Report on vaccination in Madras 1922-1929 - 1922-1929
Year: 1922
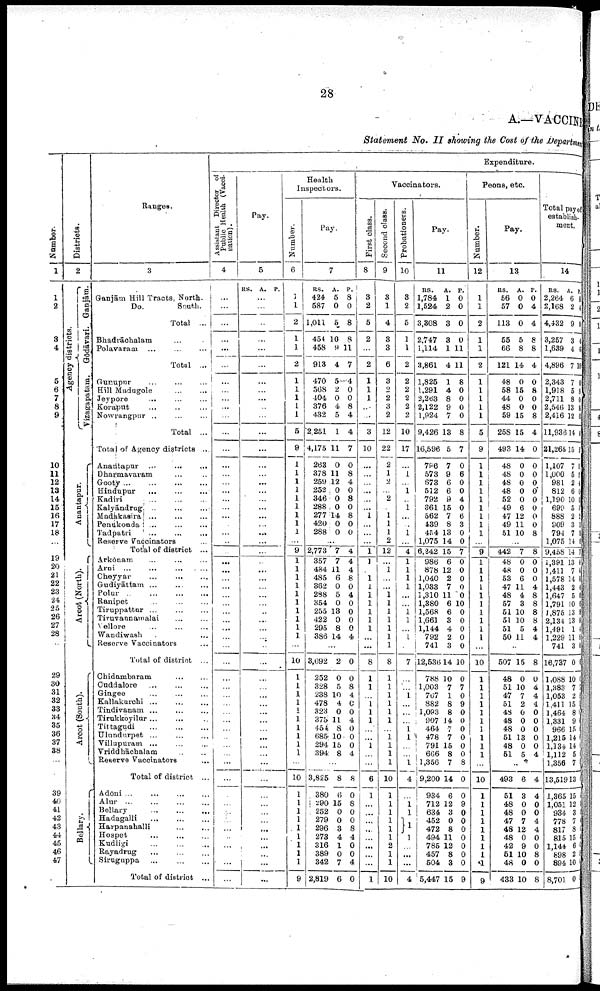
28
A.—VACCINE
Statement No. II showing the Cost of the Department
Number.
1
1
2
3
4
5
6
7
8
9
10
11
12
13
14
15
16
17
18
19
20
21
22
23
24
25
26
27
28
29
30
31
32
33
34
35
36
37
38
39
40
41
42
43
44
45
46
47
Districts.
2
Agency districts.
Ganjām.
Gōdāvari.
Vizagapatam.
Anantapur... ...
Arcot(North).
Arcot(South).
Bellary.
Ranges.
3
Ganjām Hill Tracts, North.
Do.
South.
Total...
Bhadrāchalam... ...
Polavaram...
...
Total ...
Gunupur... ...
Hill Madugole... ...
Jeypore...
...
Koraput...
...
Nowrangpur... ...
Total ...
Total of Agency districts ...
Anantapur...
...
Dharmavaram... ...
Gooty...
...
...
...
Hindupur...
...
Kadiri... ...
Kalyāndrug... ...
Madakasira... ...
Penukonda... ...
Tadpatri...
...
Reserve Vaccinators...
Total of district ...
Arkōnam... ...
Arni...
...
Cheyyar...
...
Gudiyāttam ... ...
Polur...
...
...
Ranipet... ...
Tiruppattūr ... ...
Tiruvannamlai... ...
Vellore... ...
Wandiwash... ...
Reserve Vaccinators... ...
Total of district... ...
Chidambaram... ...
Cuddalore...
...
Gingee...
...
Kallakurchi... ...
Tindivanam... ...
Tirukkoyilur... ...
Tittagudi...
...
Ulundurpet... ...
Villupuram... ...
Vriddhāchalam... ...
Reserve Vaccinators...
Total of district... ...
Adōni... ... ... ...
Alur... ...
Bellary...
...
Hadagalli...
...
Harpanahalli...
...
Hospet...
...
Kudligi... ...
Rayadrug... ...
Siruguppa... ...
Total of district ...
Expenditure.
Assistant Director of
Public Health (Vacci
nation).
4
...
...
...
...
...
...
...
...
...
...
...
...
...
...
...
...
...
...
...
...
...
...
...
...
...
...
...
...
...
...
...
...
...
...
...
...
...
...
...
...
...
...
...
...
...
...
...
...
...
...
...
...
...
..
...
...
...
...
Pay.
5
RS. A. P.
...
...
...
...
...
...
...
... ...
...
...
...
...
...
...
...
...
...
...
...
...
...
...
...
...
...
...
...
...
...
...
...
...
...
...
...
...
...
...
...
...
...
...
...
...
...
...
...
...
...
...
...
...
...
...
...
...
...
Health
Inspectors.
Number.
6
1
1
2
1
1
2
1
1
1
1
1
5
9
1
1
1
1
1
1
1
1
1
...
9
1
1
1
1
1
1
1
1
1
1
...
10
1
1
1
1
1
1
1
1
1
1
...
10
1
1
1
1
1
1
1
1
1
9
Pay.
7
RS.
424
587
1,011
454
458
913
470
568
404
376
432
2,251
4,175
263
378
259
252
346
288
277
420
288
A.
5
0
5_
10
9
4
5
2
0
4
5
1
11
0
11
12
0
0
0
14
0
0
P.
8
0
8
8
11
7
4
0
0
8
4
4
7
0
8
4
0
8
0
8
0
0
...
2,773
357
484
485
362
288
354
255
422
295
386
7
7
11
6
0
5
0
13
0
8
14
4
4
4
8
0
4
0
0
0
0
4
...
3,692
252
328
238
478
323
375
454
685
294
394
2
0
5
10
4
0
11
8
10
15
8
0
0
8
4
0
0
4
0
0
0
4
...
3,825
380
290
252
279
296
273
316
389
342
2,819
8
6
15
0
0
3
4
1
0
7
6
8
0
8
0
0
8
4
0
0
4
0
Vaccinators.
First class.
8
3
2
5
2
...
2
1
1
1
...
...
3
10
...
...
...
...
...
... 1
...
...
...
1
1
...
1
1
1
1
1
1
1
...
...
8
1
1
...
1
1
1
...
... 1
...
...
6
1
...
...
...
...
...
...
...
...
1
Second class.
9
3
1
4
3
3
6
3
2
2
3
2
12
22
2
1
2
...
2
...
1
1
1
2
12
... 1
...
... 1
1
1
1
1
1
1
8
1
1
1
1
1
1
...
1
1
1
1
10
1
1
1
1
1
1
2
1
1
10
Probationers.
10
3
2
5
1
1
2
2
2
2
2
2
10
17
...
1
...
1
...
1
... ...
1
4
1
1
1
1
...
...
1
1
...
1
7
...
...
1
...
...
...
1
1
...
...
1
4
...
1
1
1
1
...
...
...
4
Pay.
11
RS.
1,784
1,524
3,308
2,747
1,114
3,861
1,825
1,291
2,263
2,122
1,924
9,426
16,596
796
573
673
512
792
361
562
439
454
1,075
6,242
986
878
1,040
1,033
1,310
1,380
1,568
1,661
1,144
792
741
12,536
788
1,003
767
882
1,093
907
464
478
791
666
1,356
9,200
934
712
634
452
472
494
785
457
504
5,447
A.
1
2
3
3
1
4
1
4
8
9
7
13
5
7
9
6
6
9
15
7
8
13
14
15
6
12
2
7
11
6
6
3
4
2
3
14
10
7
1
8
8
14
7
7
15
8
7
14
6
12
3
0
8
11
12
8
3
15
P.
0
0
0
0
11
11
8
0
0
0
0
8
7
0
6
0
0
4
0
6
3
0
0
7
0
0
0
0
0
10
0
0
0
0
0
10
0
7
0
9
0
0
0
0
0
0
8
0
0
9
0
0
0
0
0
0
0
9
Peons, etc.
Number.
12
1
1
2
1
1
2
1
1
1
1
1
5
9
1
1
1
1
1
1
1
1
1
...
9
1
1
1
1
1
1
1
1
1
1
...
10
1
1
1
1
1
1
1
1
1
1
...
10
1
1
1
1
1
1
1
1
1
9
Pay.
13
RS.
56
57
113
55
66
121
48
58
44
48
59
258
493
48
48
48
48
52
49
47
49
51
A.
0
0
0
5
8
14
0
15
0
0
15
15
14
0
0
0
0
0
6
12
11
10
P.
0
4
4
8
8
4
0
8
0
0
8
4
0
0
0
0
0
0
0
0
0
8
...
442
48
48
53
47
48
57
51
51
51
50
7
0
0
6
11
4
3
10
10
5
11
8
0
0
0
4
8
8
8
8
4
4
...
507
48
51
47
51
48
48
48
51
46
51
15
0
10
7
2
0
0
0
13
0
5
8
0
4
4
4
0
0
0
0
0
4
...
493
51
48
48
47
48
48
42
51
48
433
6
3
0
0
7
12
0
9
10
0
10
4
4
0
0
4
4
0
0
8
0
8
Total pay of
establish-
ment.
14
RS.
2,264
2,168
4,432
3,257
1,639
4,896
2,343
1,918
2,711
2,546
2,416
11,936
21,265
1,107
1,000
981
812
1,190
699
888
909
794
1,075
9,458
1,391
3,411
1,578
1,443
1,647
1,791
1,875
2,134
1,491
1,229
741
16,737
1,088
1,383
1,053
1,411
1,464
1,331
966
1,215
1,134
1,112
1,356
13,519
1,365
1,051
934
778
817
815
1,144
898
894
8,701
A.
6
2
9
3
4
7
7
5
8
13
12
14
15
7
5
2
6
10
5
2
3
7
14
14
13
7
14
2
5
10
13
13
1
11
3
0
10
7
2
15
8
9
15
14
14 5
7
13
15
12
3
7
8
15
6
2
10
0
P.
8
0
1
4
6
10
0
8 0
8
0
4
2
0
2
4
0
0
0
2 3
8
0
7
4
4 8
4
0
6
8
8 4
8
0
6
6
1
8
1
0
0
0
0
0
0
1
1
1
6 4
5 0
4
0
8
4
5